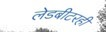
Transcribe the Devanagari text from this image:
लेडबीटरही